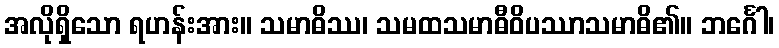
အလိုရှိသော ရဟန်းအား။ သမာဓိဿ၊ သမထသမာဓီဝိပဿာသမာဓိ၏။ ဘင်္ဂေါ၊